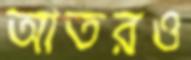
আতরও